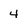
Character: 4